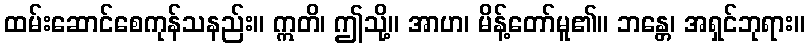
ထမ်းဆောင်စေကုန်သနည်း။ ဣတိ၊ ဤသို့။ အာဟ၊ မိန့်တော်မူ၏။ ဘန္တေ၊ အရှင်ဘုရား။